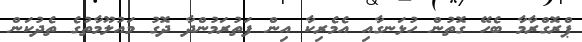
ޕްރޮގްރާމާ ބެހޭ ގޮތުން ހުޅަނގާއި އެމެރިކާ އިން ފަތުރަމުންދާ ދޮގު މައުލޫމާތުގެ ތެދުކަން